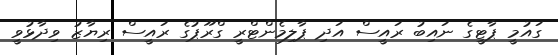
ގައުމީ ޕާޓީގެ ނައިބު ރައީސް އަދި ޕާލިމެންޓްރީ ގްރޫޕުގެ ރައީސް ރިޔާޒު ވިދާޅުވީ